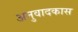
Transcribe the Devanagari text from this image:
अनुवादकास